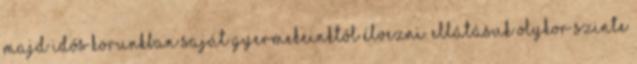
majd idős korunkban saját gyermekeinktől élvezni. Ellátásuk olykor szinte